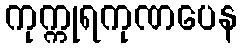
ကုက္ကုရကုဏပေန